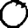
Digit: 0